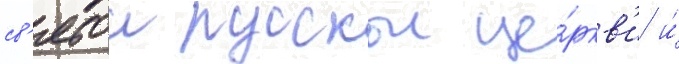
св'ятои русскои це́ркв'и и́